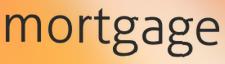
mortgage